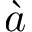
\grave { a }